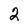
Character: 2